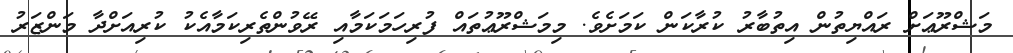
މަޝްރޫޢަށް ރައްޔިތުން އިތުބާރު ކުރާކަން ކަމަށެވެ. މިމަޝްރޫޢުތައް ފުރިހަމަކަމާއި ރޭވުންތެރިކަމާއެކު ކުރިއަށްދާ މަންޒަރު